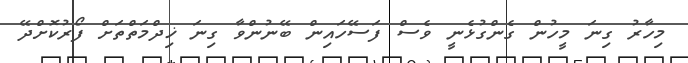
މިހާރު ގިނަ މީހުން ގެންގުޅެނީ ވެސް ފަސޭހައިން ބޭނުންވާ ގިނަ ޚިދްމަތްތަށް ފޯރުކޮށްދޭ